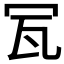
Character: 𤬦